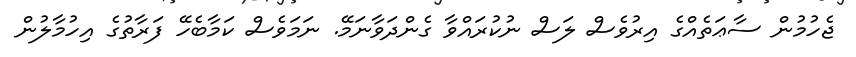
ޖެހުމުން ސާޢަތެއްގެ އިރުވެސް ލަސް ނުކުރައްވާ ގެންދަވާނަމޭ. ނަމަވެސް ކަމާބެހޭ ފަރާތުގެ އިހުމާލުން